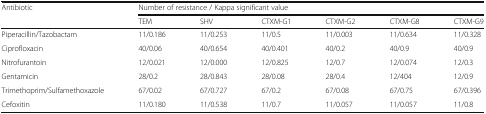
<table><thead><tr><td rowspan="2"><b>Antibiotic</b></td><td colspan="6"><b>Number of resistance / Kappa significant value</b></td></tr><tr><td><b>TEM</b></td><td><b>SHV</b></td><td><b>CTXM-G1</b></td><td><b>CTXM-G2</b></td><td><b>CTXM-G8</b></td><td><b>CTXM-G9</b></td></tr></thead><tbody><tr><td>Piperacillin/Tazobactam</td><td>11/0.186</td><td>11/0.253</td><td>11/0.5</td><td>11/0.003</td><td>11/0.634</td><td>11/0.328</td></tr><tr><td>Ciprofloxacin</td><td>40/0.06</td><td>40/0.654</td><td>40/0.401</td><td>40/0.2</td><td>40/0.9</td><td>40/0.9</td></tr><tr><td>Nitrofurantoin</td><td>12/0.021</td><td>12/0.000</td><td>12/0.825</td><td>12/0.7</td><td>12/0.074</td><td>12/0.3</td></tr><tr><td>Gentamicin</td><td>28/0.2</td><td>28/0.843</td><td>28/0.08</td><td>28/0.4</td><td>12/404</td><td>12/0.9</td></tr><tr><td>Trimethoprim/Sulfamethoxazole</td><td>67/0.02</td><td>67/0.727</td><td>67/0.2</td><td>67/0.08</td><td>67/0.75</td><td>67/0.396</td></tr><tr><td>Cefoxitin</td><td>11/0.180</td><td>11/0.538</td><td>11/0.7</td><td>11/0.057</td><td>11/0.057</td><td>11/0.8</td></tr></tbody></table>